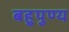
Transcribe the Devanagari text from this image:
बहुपुण्य